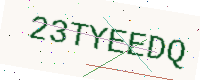
Text: 23TYEEDQ